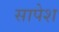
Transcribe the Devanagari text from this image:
सापेश